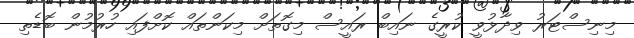
މިނިސްޓަރު ވިދާޅުވީ ކުރީގެ ނައިބް ރައީސް މިގޮތަށް މިކަންތައް ކޮށްފައި ހުރުމުން ބޮޑެތި